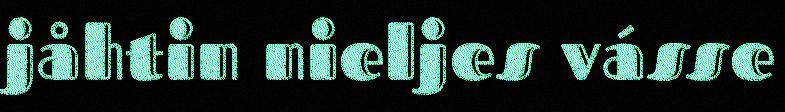
jåhtin nieljes vásse